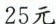
25元